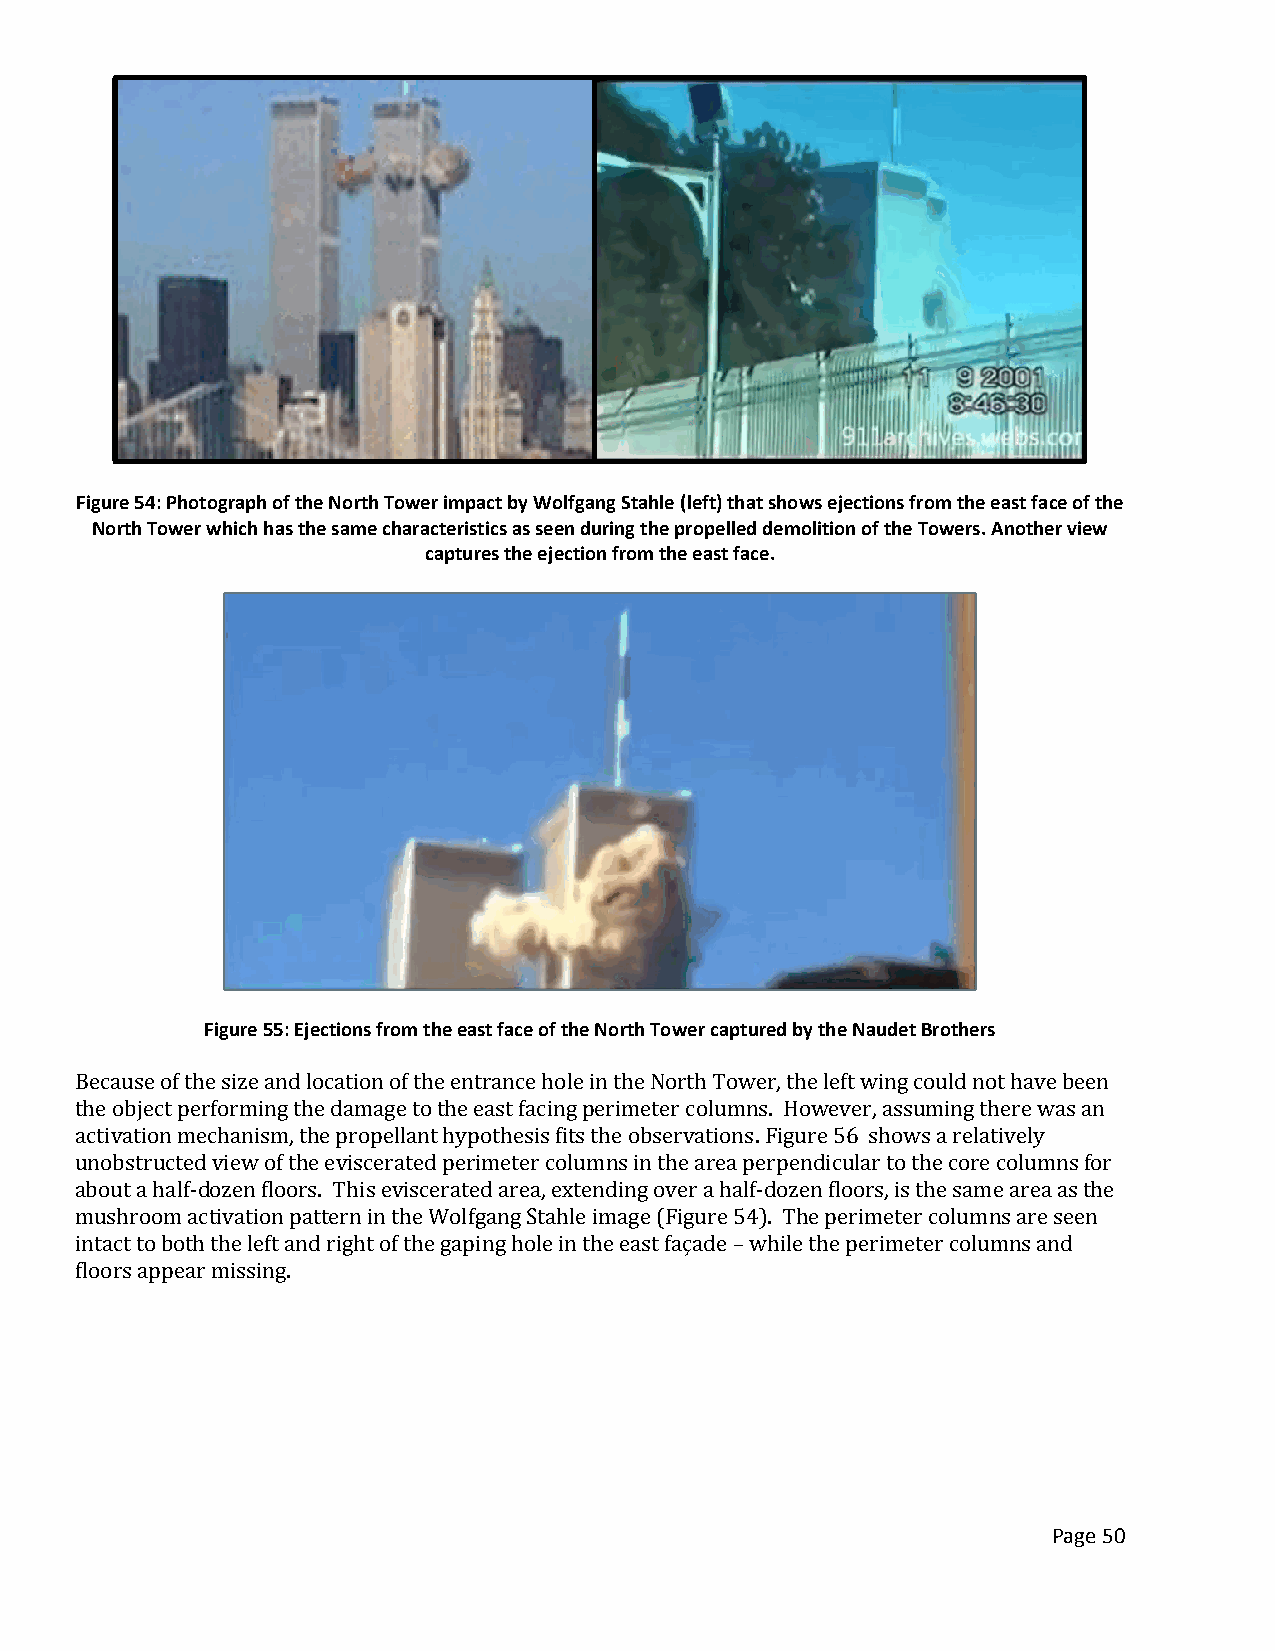
Figure 54: Photograph of the North Tower impact by Wolfgang Stahle (left) that shows ejections from the east face of the
 North Tower which has the same characteristics as seen during the propelled demolition of the Towers. Another view
 captures the ejection from the east face.
 Figure 55: Ejections from the east face of the North Tower captured by the Naudet Brothers
 Because of the size and location of the entrance hole in the North Tower, the left wing could not have been
 the object performing the damage to the east facing perimeter columns. However, assuming there was an
 activation mechanism, the propellant hypothesis fits the observations. Figure 56 shows a relatively
 unobstructed view of the eviscerated perimeter columns in the area perpendicular to the core columns for
 about a half-dozen floors. This eviscerated area, extending over a half-dozen floors, is the same area as the
 mushroom activation pattern in the Wolfgang Stahle image (Figure 54). The perimeter columns are seen
 intact to both the left and right of the gaping hole in the east façade – while the perimeter columns and
 floors appear missing.
 Page 50